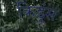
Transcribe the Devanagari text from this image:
किडूंस